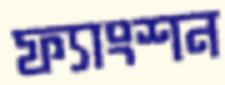
ফ্যাংশন